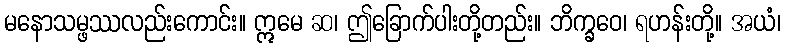
မနောသမ္ဖဿလည်းကောင်း။ ဣမေ ဆ၊ ဤခြောက်ပါးတို့တည်း။ ဘိက္ခဝေ၊ ရဟန်းတို့။ အယံ၊